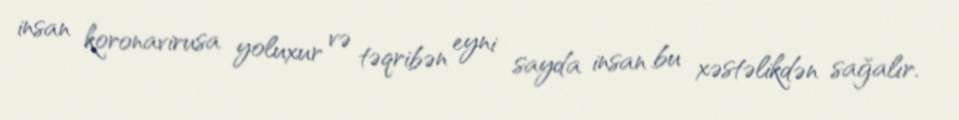
insan koronavirusa yoluxur və təqribən eyni sayda insan bu xəstəlikdən sağalır.